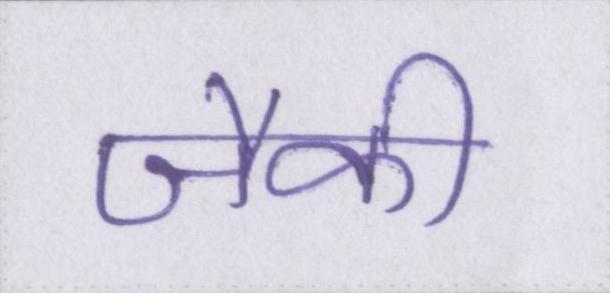
जैकी